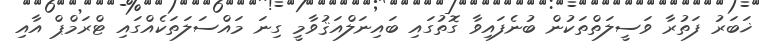
ޚަބަރު ފަތުރާ ވަސީލަތްތަކުން ބުނެފައިވާ ގޮތުގައި ބައިނަލްއަޤުވާމީ ގިނަ މައްސަލަތަކެއްގައި ޓްރަމްޕް އާއި